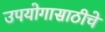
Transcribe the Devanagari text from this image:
उपयोगासाठीचे